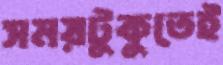
সময়টুকুতেই